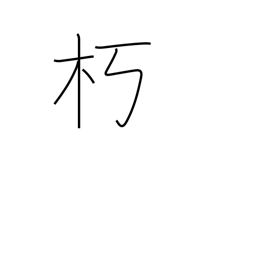
Meaning: remain in seclusion